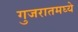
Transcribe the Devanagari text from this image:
गुजरातमघ्ये